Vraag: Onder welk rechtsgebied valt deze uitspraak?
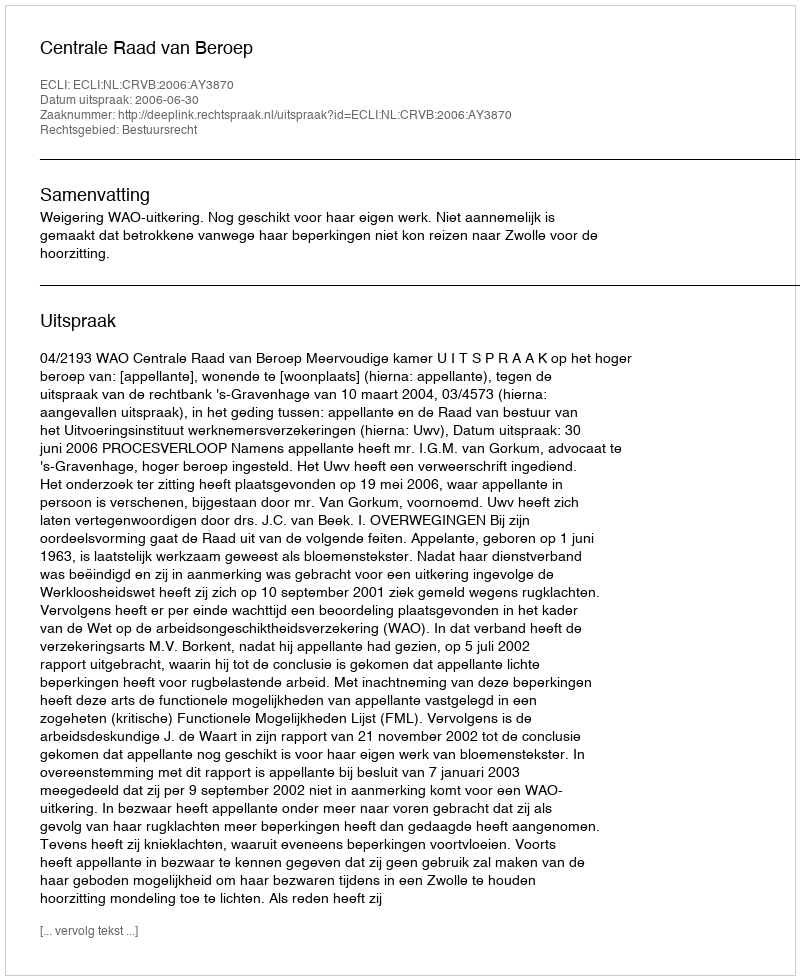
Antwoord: Bestuursrecht